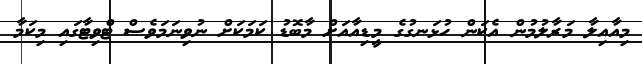
މިއާއިލާ މަރާލުމުން އެކަން ހުޅަނގުގެ މީޑިއާއަށް މާބޮޑު ކަމަކަށް ނުވިނަމަވެސް ޓްވިޓާގައި މިކަމާ